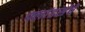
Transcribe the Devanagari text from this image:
फ्लांडर्सचे